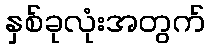
နှစ်ခုလုံးအတွက်